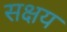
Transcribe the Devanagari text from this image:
सक्षय